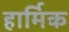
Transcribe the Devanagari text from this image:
हार्मिक